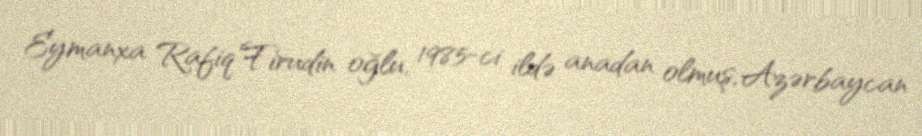
Eymanxa Rafiq Firudin oğlu, 1985-ci ildə anadan olmuş, Azərbaycan